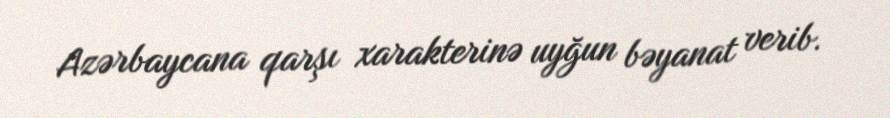
Azərbaycana qarşı xarakterinə uyğun bəyanat verib.